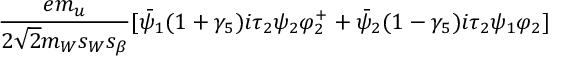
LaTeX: \frac { e m _ { u } } { 2 \sqrt { 2 } m _ { W } s _ { W } s _ { \beta } } [ \bar { \psi } _ { 1 } ( 1 + \gamma _ { 5 } ) i \tau _ { 2 } \psi _ { 2 } \varphi _ { 2 } ^ { + } + \bar { \psi } _ { 2 } ( 1 - \gamma _ { 5 } ) i \tau _ { 2 } \psi _ { 1 } \varphi _ { 2 } ]